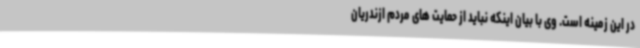
در این زمینه است. وی با بیان اینکه نباید از حمایت های مردم ازندریان